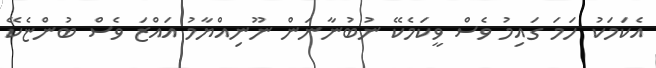
އެކަމަކު ހަމަ ގައިމު ވެސް ވީކަމެކޭ ނުބުނާނަން ނޫނިއްޔާމު އައްޒަ ވެސް ބުންޏެކޭ